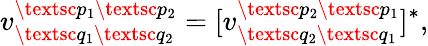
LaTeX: v_{\textsc{q}_{1}\textsc{q}_{2}}^{\textsc{p}_{1}\textsc{p}_{2}}=[v_{\textsc{q}_{2}\textsc{q}_{1}}^{\textsc{p}_{2}\textsc{p}_{1}}]^{*},